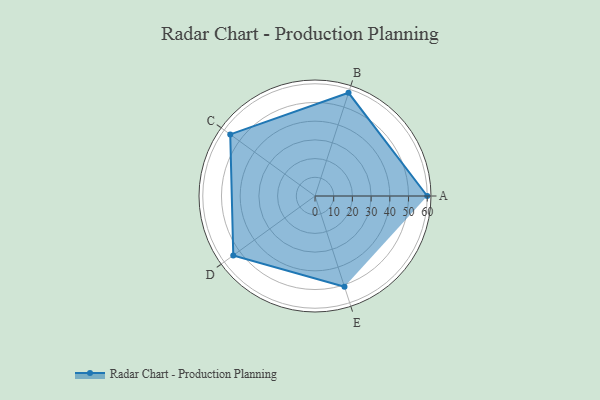
{"axis": {"x": "Skill", "y": "Score"}, "legend": ["Profile"], "data": [{"x": "A", "y": 60.0, "type": "Profile"}, {"x": "B", "y": 58.0, "type": "Profile"}, {"x": "C", "y": 56.0, "type": "Profile"}, {"x": "D", "y": 54.0, "type": "Profile"}, {"x": "E", "y": 51.0, "type": "Profile"}]}